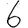
Digit: 6